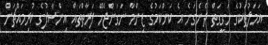
އަމަލުތަކުގެ ހަގީގަތް ދެނެގަނެ އެ ކަންކަމުގެ ޒިންމާ ނަގަންޖެހޭ ފަރާތްތައް އިންސާފުގެ ކުރިމައްޗަށް